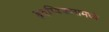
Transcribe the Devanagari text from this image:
हृदय्विकारामध्ये